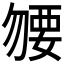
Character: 𧟰